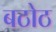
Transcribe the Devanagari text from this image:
बठोठ